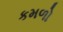
કમળો